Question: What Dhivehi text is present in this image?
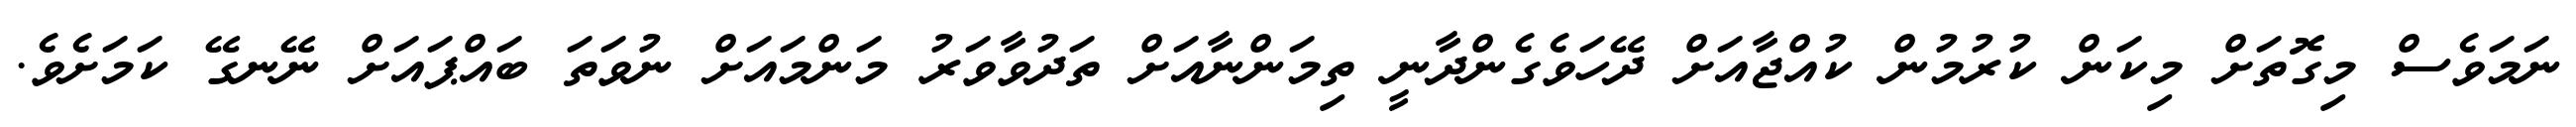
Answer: ނަމަވެސް މިގޮތަށް މިކަން ކުރުމުން ކުއްޖާއަށް ދޭހަވެގެންދާނީ ތިމަންނާއަށް ތަދުވާވަރު މަންމައަށް ނުވަތަ ބައްޕައަށް ނޭނގޭ ކަމަށެވެ.